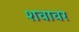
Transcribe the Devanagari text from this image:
शवावर